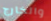
والخارج